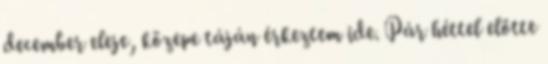
december eleje, közepe táján érkeztem ide. Pár héttel előtte